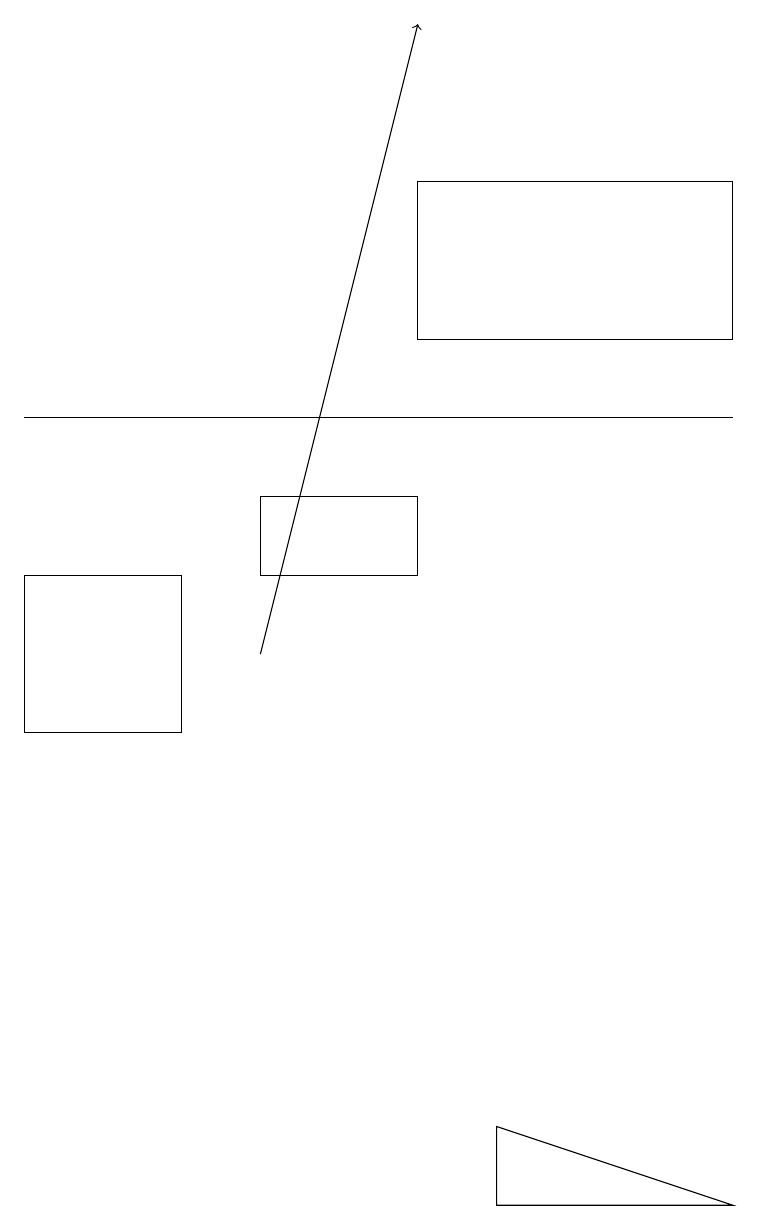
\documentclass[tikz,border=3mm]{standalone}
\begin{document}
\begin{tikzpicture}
\draw (0,12) rectangle (2,10);
\draw (0,14) rectangle (9,14);
\draw[->] (3,11) -- (5,19);
\draw (5,12) rectangle (3,13);
\draw (5,15) rectangle (9,17);
\draw (9,4) -- (6,5) -- (6,4) -- cycle;
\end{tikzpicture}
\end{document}